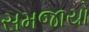
સમજાયો